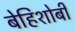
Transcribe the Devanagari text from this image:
बेहिशोबी